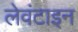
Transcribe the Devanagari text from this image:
लेवंटाइन